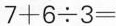
$$7 + 6 \div 3 =$$